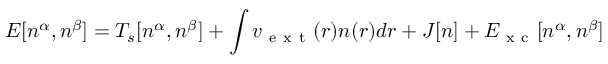
E [ n ^ { \alpha } , n ^ { \beta } ] = T _ { s } [ n ^ { \alpha } , n ^ { \beta } ] + \int v _ { \mathrm { ~ e ~ x ~ t ~ } } ( \boldsymbol { r } ) n ( \boldsymbol { r } ) d \boldsymbol { r } + J [ n ] + E _ { \mathrm { ~ x ~ c ~ } } [ n ^ { \alpha } , n ^ { \beta } ]